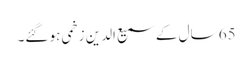
65 سال کے سمیع الدین زخمی ہو گئے۔